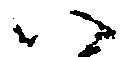
い